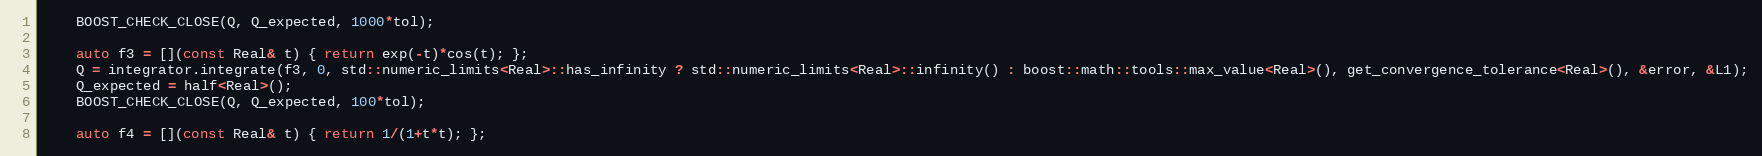
Language: C++
    BOOST_CHECK_CLOSE(Q, Q_expected, 1000*tol);

    auto f3 = [](const Real& t) { return exp(-t)*cos(t); };
    Q = integrator.integrate(f3, 0, std::numeric_limits<Real>::has_infinity ? std::numeric_limits<Real>::infinity() : boost::math::tools::max_value<Real>(), get_convergence_tolerance<Real>(), &error, &L1);
    Q_expected = half<Real>();
    BOOST_CHECK_CLOSE(Q, Q_expected, 100*tol);

    auto f4 = [](const Real& t) { return 1/(1+t*t); };